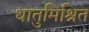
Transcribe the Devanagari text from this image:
धातुमिश्रित